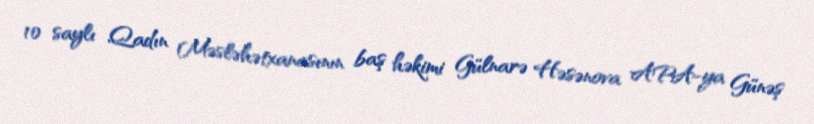
10 saylı Qadın Məsləhətxanasının baş həkimi Gülnarə Həsənova APA-ya Günəş